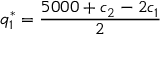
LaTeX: q _ { 1 } ^ { * } = { \frac { 5 0 0 0 + c _ { 2 } - 2 c _ { 1 } } { 2 } }